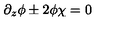
\partial _ { z } \phi \pm 2 \phi \chi = 0